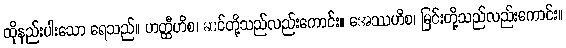
ထိုနည်းပါးသော ရေသည်။ ဟတ္ထီဟိစ၊ ဆင်တို့သည်လည်းကောင်း။ အေဿဟိစ၊ မြင်းတို့သည်လည်းကောင်း။